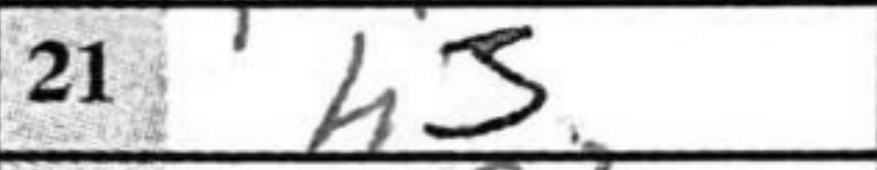
Transcription: h3